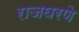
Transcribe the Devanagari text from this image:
राजघरणे